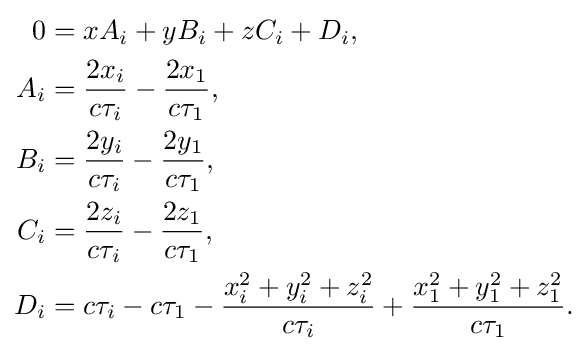
{\begin{aligned}0&=xA_{i}+yB_{i}+zC_{i}+D_{i},\\A_{i}&={\frac {2x_{i}}{c\tau _{i}}}-{\frac {2x_{1}}{c\tau _{1}}},\\B_{i}&={\frac {2y_{i}}{c\tau _{i}}}-{\frac {2y_{1}}{c\tau _{1}}},\\C_{i}&={\frac {2z_{i}}{c\tau _{i}}}-{\frac {2z_{1}}{c\tau _{1}}},\\D_{i}&=c\tau _{i}-c\tau _{1}-{\frac {x_{i}^{2}+y_{i}^{2}+z_{i}^{2}}{c\tau _{i}}}+{\frac {x_{1}^{2}+y_{1}^{2}+z_{1}^{2}}{c\tau _{1}}}.\end{aligned}}